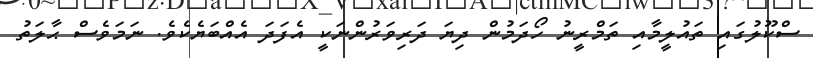
ސްކޫލުގައި ތައުލީމާއި ތަމްރީނު ހޯދަމުން ދިޔަ ދަރިވަރުންނަކީ އެފަދަ އެއްބަޔެކެވެ. ނަމަވެސް ޙާލަތު